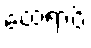
ထေရာပိ